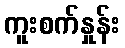
ကူးစက်နှုန်း